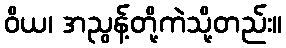
ဝိယ၊ အညွန့်တို့ကဲသို့တည်း။